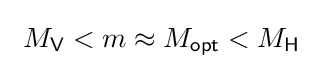
\ M_{\mathsf {V}}<m\approx M_{\mathsf {opt}}<M_{\mathsf {H}}\